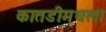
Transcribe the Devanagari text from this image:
कातडीमधला